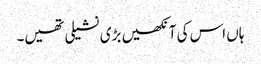
ہاں اس کی آنکھیں بڑی نشیلی تھیں۔